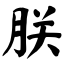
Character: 朕